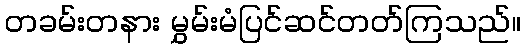
တခမ်းတနား မွှမ်းမံပြင်ဆင်တတ်ကြသည်။